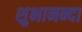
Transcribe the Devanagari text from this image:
शुभानन्दा